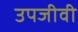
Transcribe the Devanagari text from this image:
उपजीवी